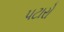
પટારો